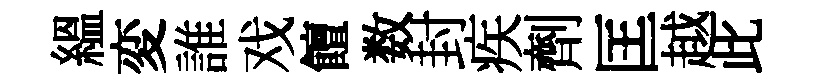
緼変誰戏饘数封疾劑匡越此